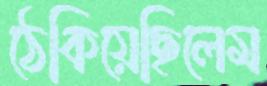
ঠেকিয়েছিলেম